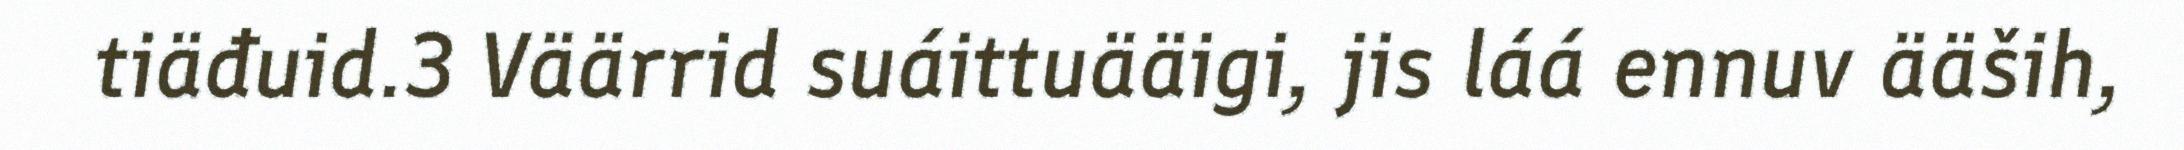
tiäđuid.3 Väärrid suáittuääigi, jis láá ennuv ääših,